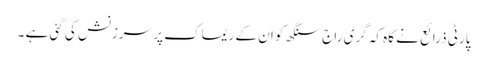
پارٹی ذرائع نے کاہ کہ گری راج سنگھ کو ان کے ریماک پر سرزنش کی گئی ہے ۔